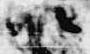
以